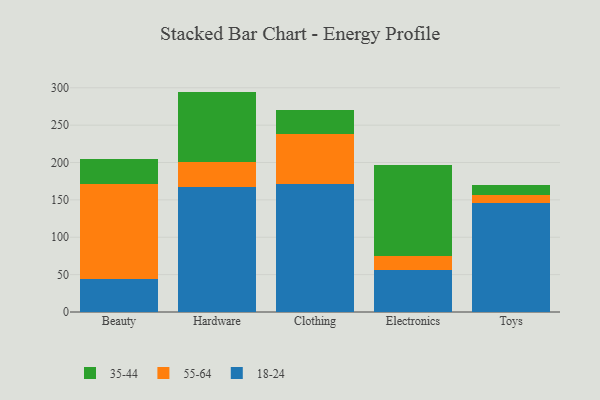
{"axis": {"x": "Category", "y": "Net Income (USD K)"}, "legend": ["18-24", "35-44", "55-64"], "data": [{"x": "Beauty", "y": 43.6, "type": "18-24"}, {"x": "Beauty", "y": 127.7, "type": "55-64"}, {"x": "Beauty", "y": 33.3, "type": "35-44"}, {"x": "Hardware", "y": 167.2, "type": "18-24"}, {"x": "Hardware", "y": 32.9, "type": "55-64"}, {"x": "Hardware", "y": 94.8, "type": "35-44"}, {"x": "Clothing", "y": 171.7, "type": "18-24"}, {"x": "Clothing", "y": 66.3, "type": "55-64"}, {"x": "Clothing", "y": 32.1, "type": "35-44"}, {"x": "Electronics", "y": 56.4, "type": "18-24"}, {"x": "Electronics", "y": 19.2, "type": "55-64"}, {"x": "Electronics", "y": 120.5, "type": "35-44"}, {"x": "Toys", "y": 145.4, "type": "18-24"}, {"x": "Toys", "y": 11.3, "type": "55-64"}, {"x": "Toys", "y": 13.9, "type": "35-44"}]}